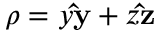
\boldsymbol { \rho } = y \mathbf { \hat { y } } + z \mathbf { \hat { z } }